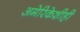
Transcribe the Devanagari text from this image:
अमेरिकेशीही